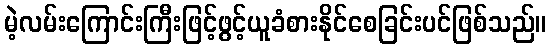
မဲ့လမ်းကြောင်းကြီးဖြင့်ဖွင့်ယူခံစားနိုင်စေခြင်းပင်ဖြစ်သည်။